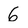
Character: 6